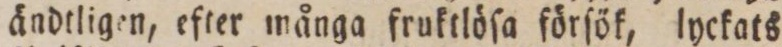
ändtligen, efter många fruktlöſa förſök, lyckats